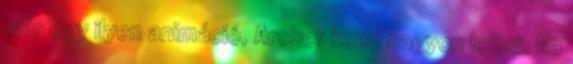
már egy ilyen animáció, Archer kezd nagyon leülni. Na